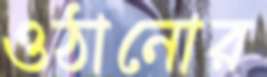
ওঠানোর